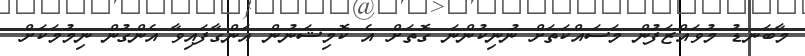
މާބަނޑު މުވައްޒަފުން މަސައްކަތަށް ނުނިކުންނަ ގޮތަށް އެ ކޮމިޝަނުން އަންގާފައިވާ އެންގުން ނިމުމަކަށް